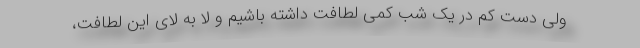
ولی دست کم در یک شب کمی لطافت داشته باشیم و لا به لای این لطافت،